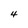
Character: 4